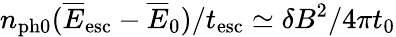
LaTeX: n_{\mathrm{ph0}}(\overline{E}_{\mathrm{esc}}-\overline{E}_{0})/t_{\mathrm{esc}}\simeq\delta B^{2}/4\pi t_{0}